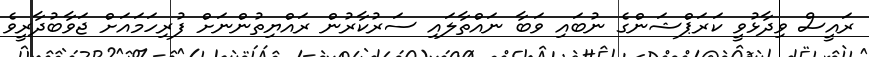
ރައީސް ވިދާޅުވީ ކަރަޕްޝަންގެ ނުބައި ވަބާ ނައްތާލައި ސަރުކާރުން ރައްޔިތުންނަށް ފުރިހަމައަށް ޖަވާބުދާރީވެ